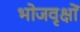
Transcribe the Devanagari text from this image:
भोजवृक्षों